Plague in India, 1896, 1897 - Volume 2
Year: 1896
Disease focus: Plague
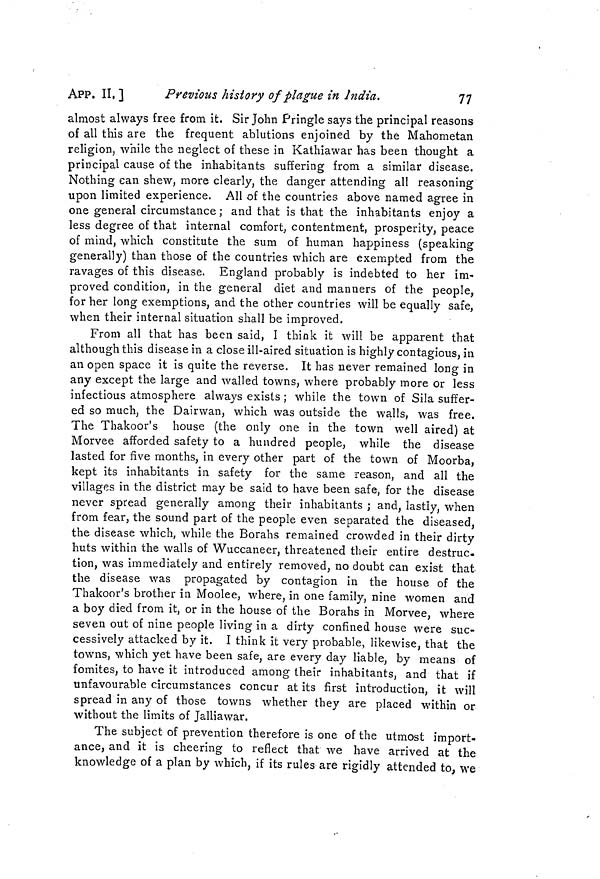
APP. II, ]
Previous history of plague in India.
77
almost always free from it. Sir John Pringle says the principal reasons
of all this are the frequent ablutions enjoined by the Mahometan
religion, while the neglect of these in Kathiawar has been thought a
principal cause of the inhabitants suffering from a similar disease.
Nothing can shew, more clearly, the danger attending all reasoning
upon limited experience. All of the countries above named agree in
one general circumstance ; and that is that the inhabitants enjoy a
less degree of that internal comfort, contentment, prosperity, peace
of mind, which constitute the sum of human happiness (speaking
generally) than those of the countries which are exempted from the
ravages of this disease. England probably is indebted to her im-
proved condition, in the general diet and manners of the people,
for her long exemptions, and the other countries will be equally safe,
when their internal situation shall be improved.
From all that has been said, I think it will be apparent that
although this disease in a close ill-aired situation is highly contagious, in
an open space it is quite the reverse. It has never remained long in
any except the large and walled towns, where probably more or less
infectious atmosphere always exists ; while the town of Sila suffer-
ed so much, the Dairwan, which was outside the walls, was free.
The Thakoor's house (the only one in the town well aired) at
Morvee afforded safety to a hundred people, while the disease
lasted for five months, in every other part of the town of Moorba,
kept its inhabitants in safety for the same reason, and all the
villages in the district may be said to have been safe, for the disease
never spread generally among their inhabitants ; and, lastly, when
from fear, the sound part of the people even separated the diseased,
the disease which, while the Borahs remained crowded in their dirty
huts within the walls of Wuccaneer, threatened their entire destruc-
tion, was immediately and entirely removed, no doubt can exist that
the disease was propagated by contagion in the house of the
Thakoor's brother in Moolee, where, in one family, nine women and
a boy died from it, or in the house of the Borahs in Morvee, where
seven out of nine people living in a dirty confined house were suc-
cessively attacked by it. I think it very probable, likewise, that the
towns, which yet have been safe, are every day liable, by means of
fomites, to have it introduced among their inhabitants, and that if
unfavourable circumstances concur at its first introduction, it will
spread in any of those towns whether they are placed within or
without the limits of Jaliiawar.
The subject of prevention therefore is one of the utmost import-
ance, and it is cheering to reflect that we have arrived at the
knowledge of a plan by which, if its rules are rigidly attended to, we